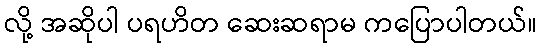
လို့ အဆိုပါ ပရဟိတ ဆေးဆရာမ ကပြောပါတယ်။